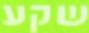
שקע